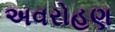
અવરોહણ